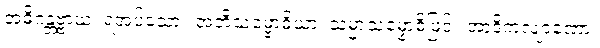
အဓိဂန္တဗ္ဗာယ၊ ရအပ်သော။ အဘိသမ္ဗောဓိယာ၊ သမ္မာသမ္ဗောဓိဖြင့်။ အာဒိကလျာဏော၊